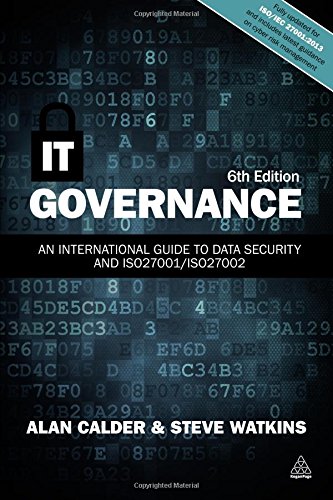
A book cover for IT Governance: An International Guide to Data Security and ISO27001/ISO27002; Alan Calder; Business & Money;